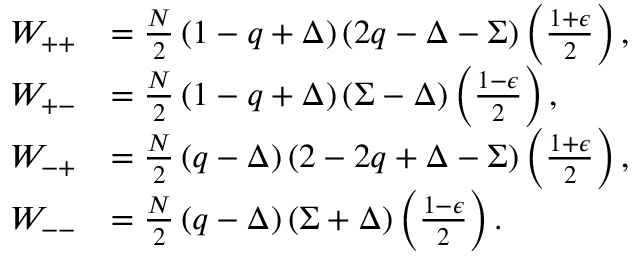
\begin{array} { r l } { W _ { + + } } & { = \frac { N } { 2 } \left( 1 - q + \Delta \right) ( 2 q - \Delta - \Sigma ) \left( \frac { 1 + \epsilon } { 2 } \right) , } \\ { W _ { + - } } & { = \frac { N } { 2 } \left( 1 - q + \Delta \right) ( \Sigma - \Delta ) \left( \frac { 1 - \epsilon } { 2 } \right) , } \\ { W _ { - + } } & { = \frac { N } { 2 } \left( q - \Delta \right) ( 2 - 2 q + \Delta - \Sigma ) \left( \frac { 1 + \epsilon } { 2 } \right) , } \\ { W _ { -- } } & { = \frac { N } { 2 } \left( q - \Delta \right) ( \Sigma + \Delta ) \left( \frac { 1 - \epsilon } { 2 } \right) . } \end{array}